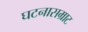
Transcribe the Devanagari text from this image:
घटनासम्राट